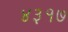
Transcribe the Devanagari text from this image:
४३१७